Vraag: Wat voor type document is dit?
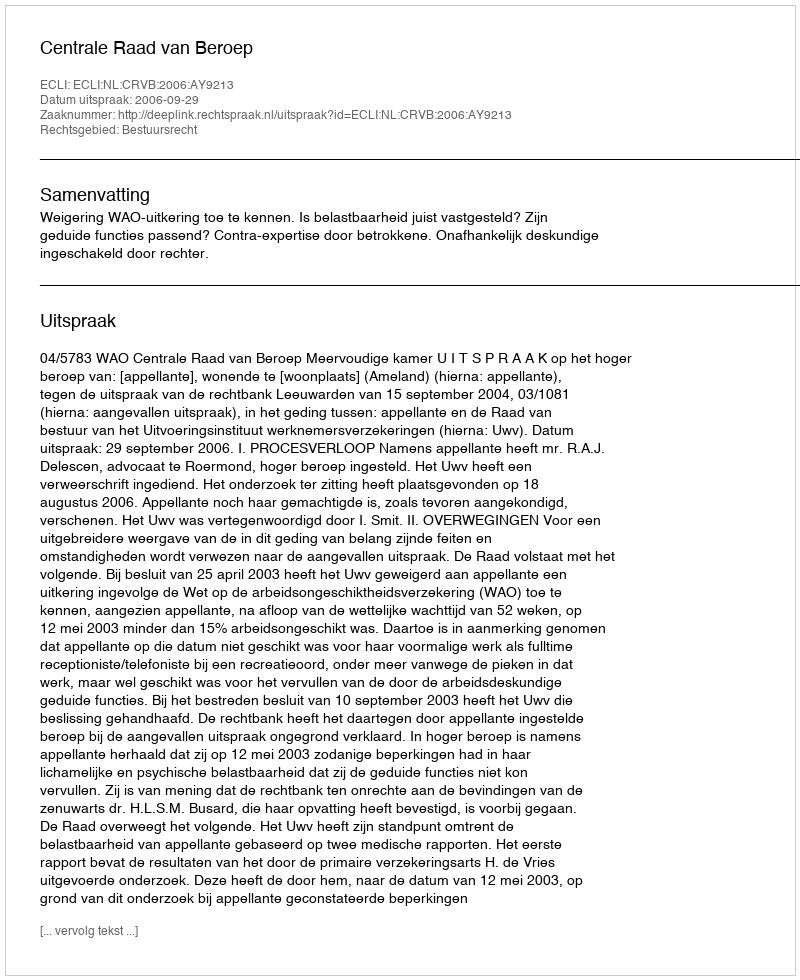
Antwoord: Uitspraak